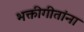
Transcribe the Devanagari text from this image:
भक्तीगीतांना